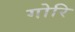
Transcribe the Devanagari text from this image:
गोरि